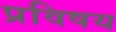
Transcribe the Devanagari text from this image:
प्रविषय